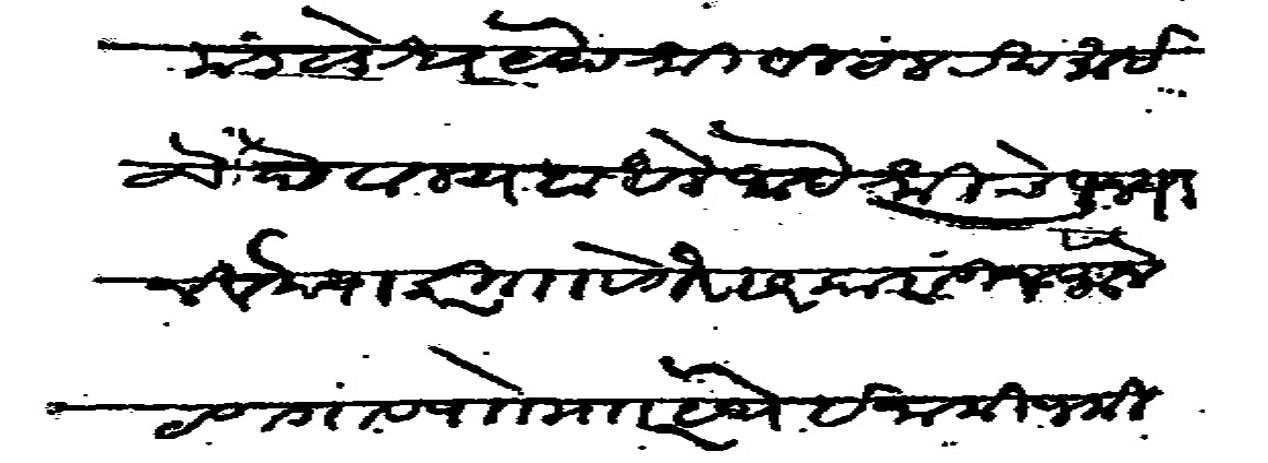
Transliteration (Devanagari): मंडळेश्वर येथे श्री विठल रखुमाई देवालय बांधले आहे श्रीचे पूज्या नेवेद्याकरीता वगैरे सरकारातून मौजे टणगाव पाो मजकूर येथे ईनामी जमीन